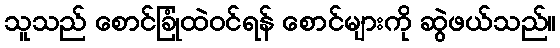
သူသည် စောင်ခြုံထဲဝင်ရန် စောင်များကို ဆွဲဖယ်သည်။